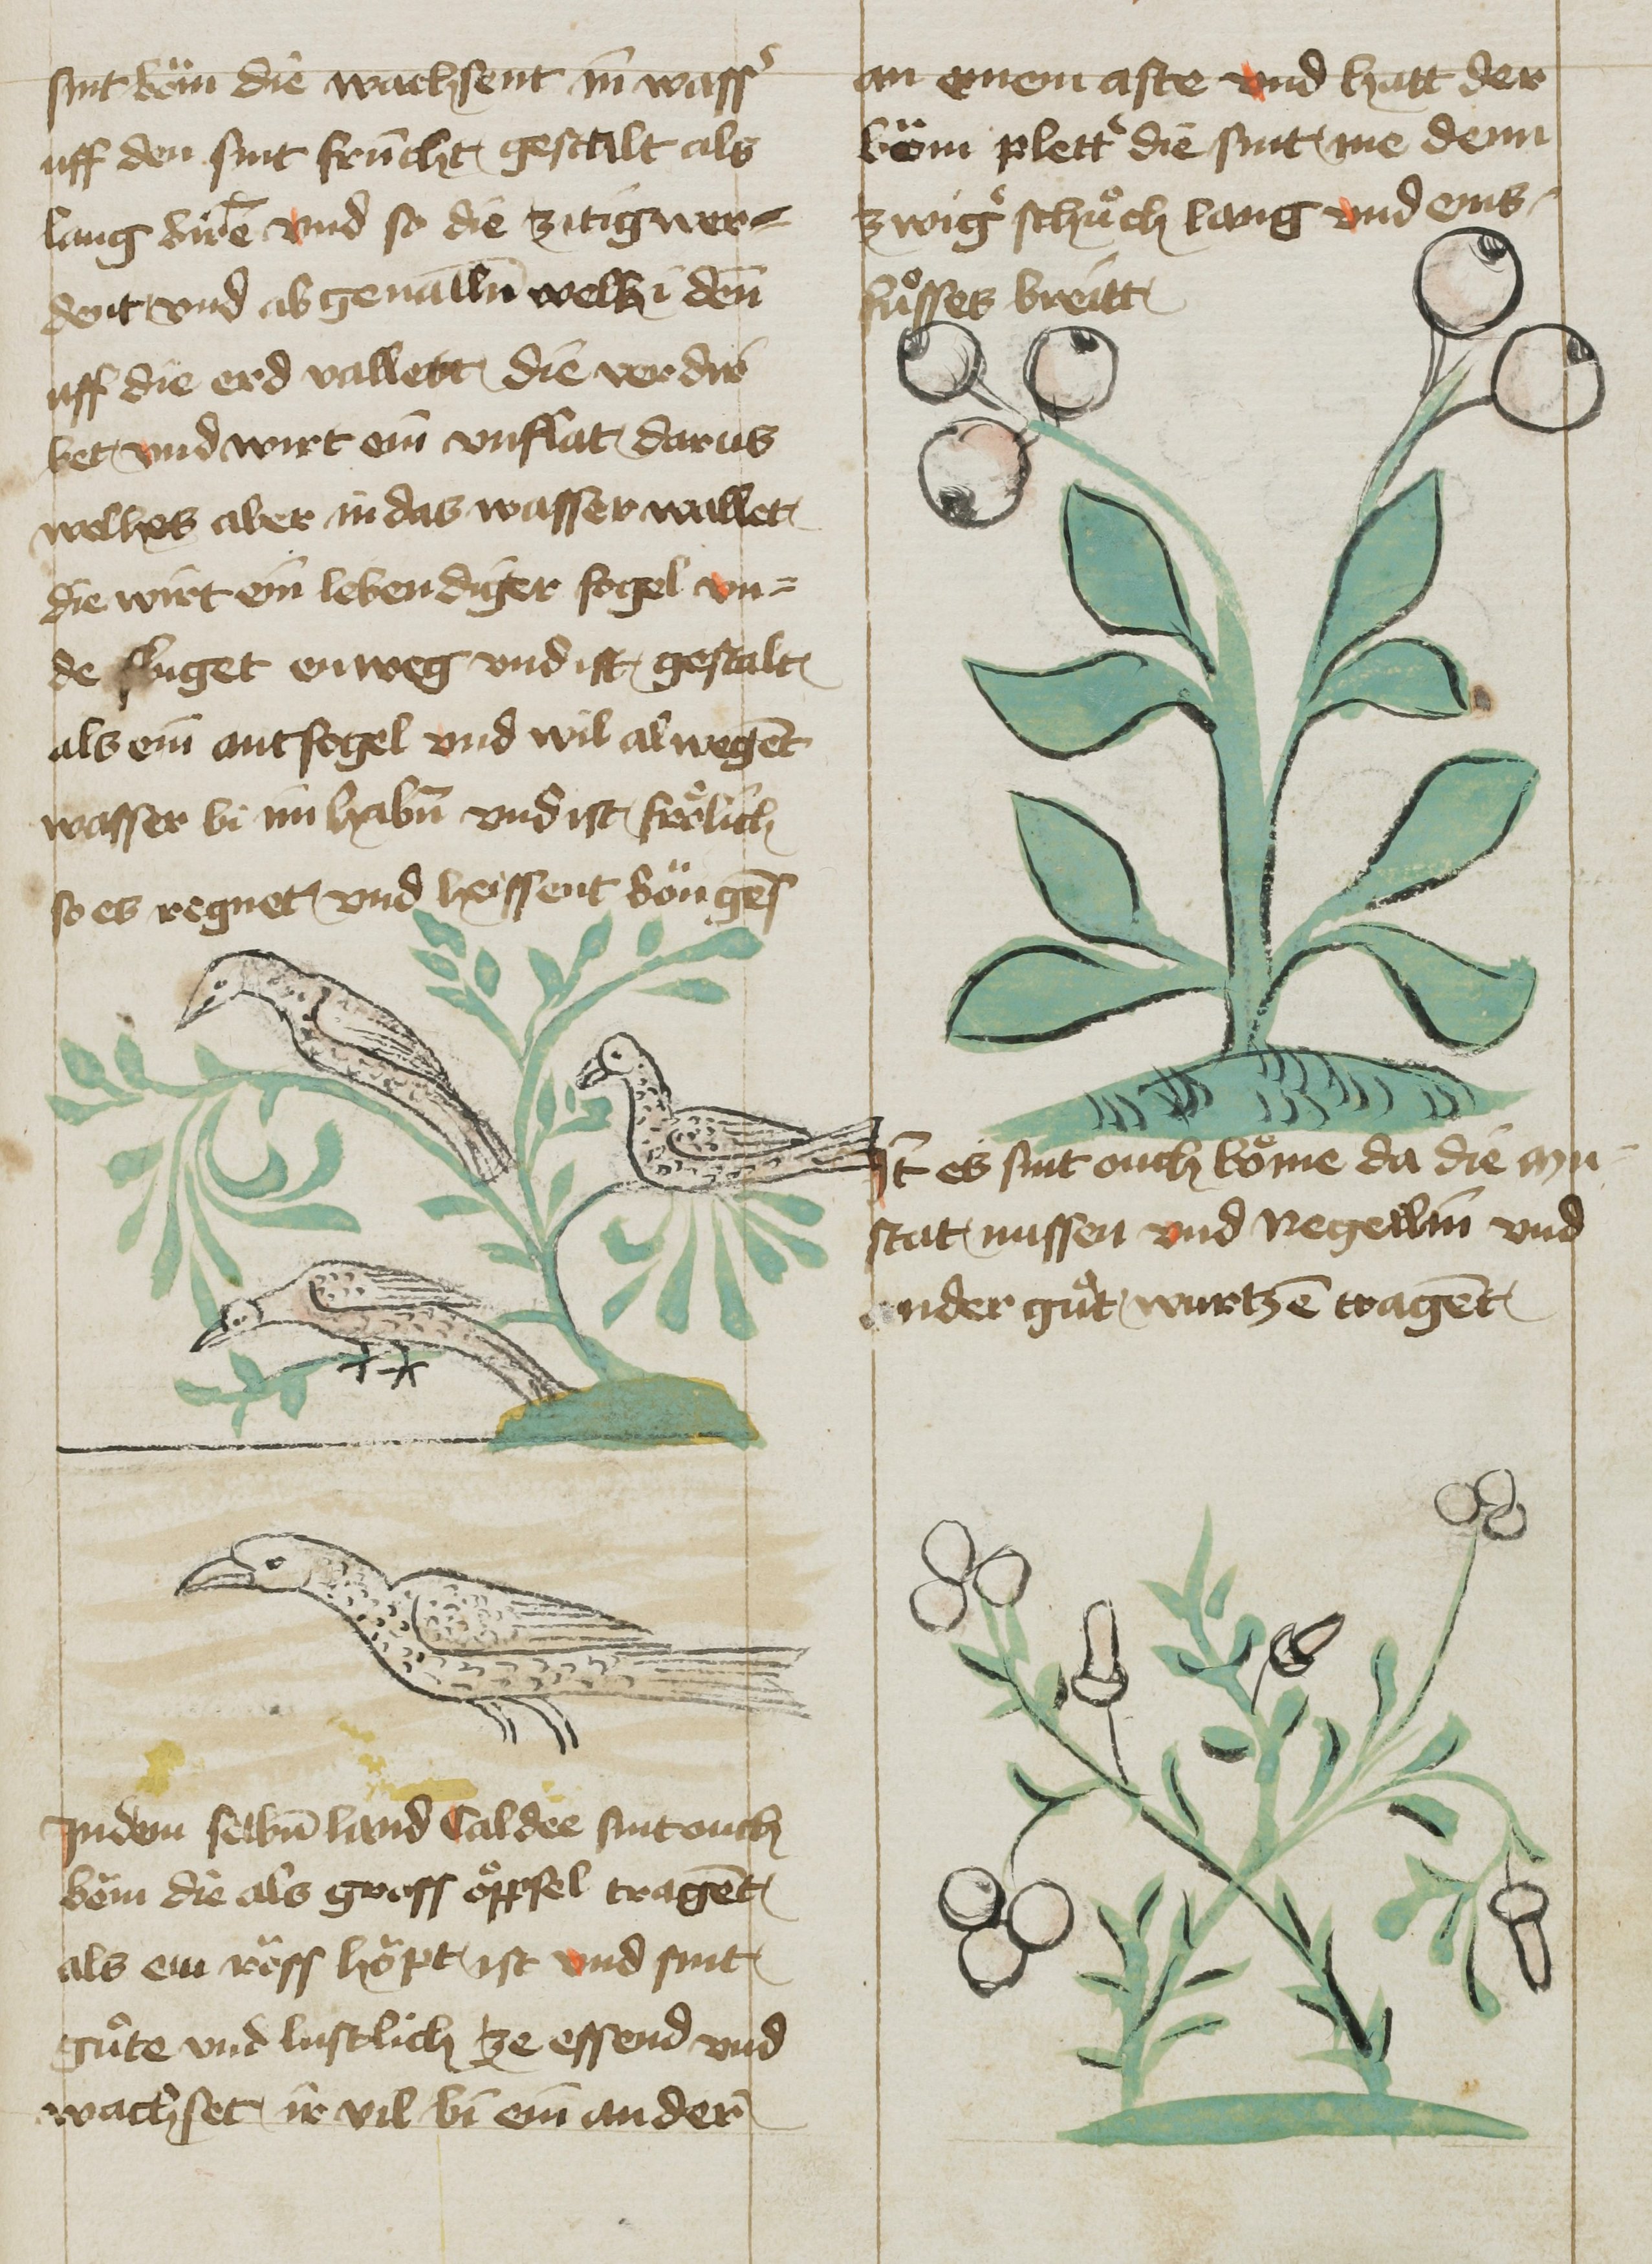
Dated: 1425–1449